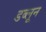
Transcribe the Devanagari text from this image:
डब्लून